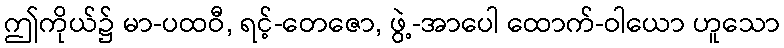
ဤကိုယ်၌ မာ-ပထဝီ, ရင့်-တေဇော, ဖွဲ့-အာပေါ ထောက်-ဝါယော ဟူသော